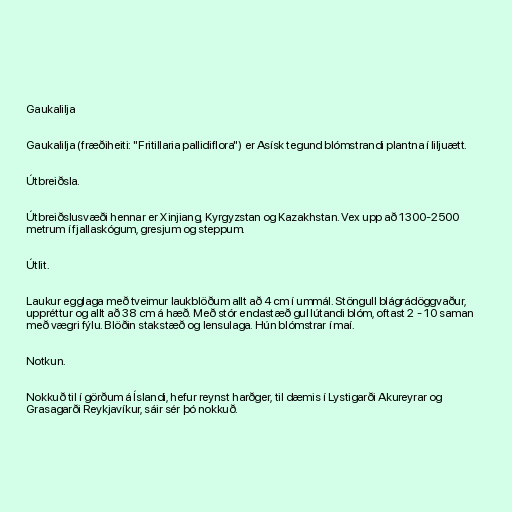
Gaukalilja

Gaukalilja (fræðiheiti: "Fritillaria pallidiflora") er Asísk tegund blómstrandi plantna í liljuætt.

Útbreiðsla.

Útbreiðslusvæði hennar er Xinjiang, Kyrgyzstan og Kazakhstan. Vex upp að 1300-2500
metrum í fjallaskógum, gresjum og steppum.

Útlit.

Laukur egglaga með tveimur laukblöðum allt að 4 cm í ummál. Stöngull blágrádöggvaður,
uppréttur og allt að 38 cm á hæð. Með stór endastæð gul lútandi blóm, oftast 2 - 10 saman
með vægri fýlu. Blöðin stakstæð og lensulaga. Hún blómstrar í maí.

Notkun.

Nokkuð til í görðum á Íslandi, hefur reynst harðger, til dæmis í Lystigarði Akureyrar og
Grasagarði Reykjavíkur, sáir sér þó nokkuð.